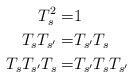
LaTeX: \begin{align*} T_s^2=&1&&\\ T_sT_{s'}=&T_{s'}T_s&&\\ T_sT_{s'}T_s=&T_{s'}T_sT_{s'}&& \end{align*}